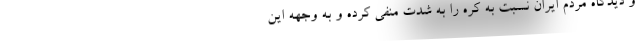
و دیدگاه مردم ایران نسبت به کره را به شدت منفی کرده و به وجهه این